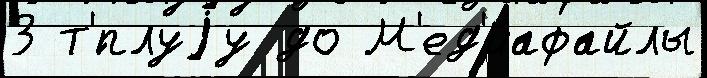
3 т'́плуjу до М'ед'иафайлы